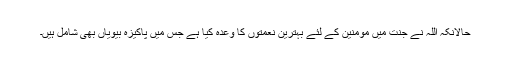
حالانکہ اللہ نے جنت میں مومنین کے لئے بہترین نعمتوں کا وعدہ کیا ہے جس میں پاکیزہ بیویاں بھی شامل ہیں۔